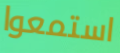
استمعوا